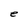
Character: e